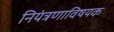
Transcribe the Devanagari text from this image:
नियंत्रणाविषयक